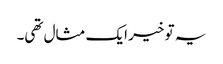
یہ تو خیر ایک مثال تھی۔